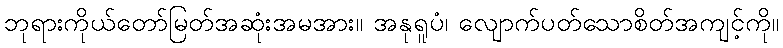
ဘုရားကိုယ်တော်မြတ်အဆုံးအမအား။ အနုရူပံ၊ လျောက်ပတ်သောစိတ်အကျင့်ကို။